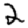
Digit: 2